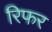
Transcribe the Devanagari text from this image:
रिफर